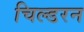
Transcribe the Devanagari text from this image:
चिल्डरन